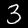
Label: 3